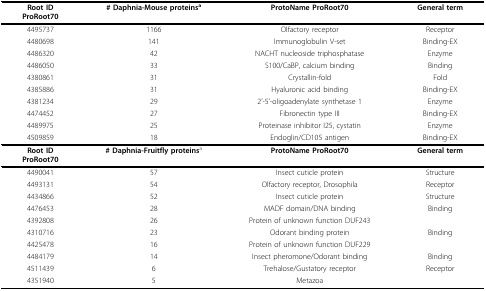
<table><thead><tr><td><b>Root IDProRoot70</b></td><td><b># Daphnia-Mouse proteins<sup>a</sup></b></td><td><b>ProtoName ProRoot70</b></td><td><b>General term</b></td></tr></thead><tbody><tr><td>4495737</td><td>1166</td><td>Olfactory receptor</td><td>Receptor</td></tr><tr><td>4480698</td><td>141</td><td>Immunoglobulin V-set</td><td>Binding-EX</td></tr><tr><td>4486320</td><td>42</td><td>NACHT nucleoside triphosphatase</td><td>Enzyme</td></tr><tr><td>4486050</td><td>33</td><td>S100/CaBP, calcium binding</td><td>Binding</td></tr><tr><td>4380861</td><td>31</td><td>Crystallin-fold</td><td>Fold</td></tr><tr><td>4385886</td><td>31</td><td>Hyaluronic acid binding</td><td>Binding-EX</td></tr><tr><td>4381234</td><td>29</td><td>2'-5'-oligoadenylate synthetase 1</td><td>Enzyme</td></tr><tr><td>4474452</td><td>27</td><td>Fibronectin type III</td><td>Binding-EX</td></tr><tr><td>4489975</td><td>25</td><td>Proteinase inhibitor I25, cystatin</td><td>Enzyme</td></tr><tr><td>4509859</td><td>18</td><td>Endoglin/CD105 antigen</td><td>Binding-EX</td></tr><tr><td><b>Root ID</b><b>ProRoot70</b></td><td><b># Daphnia-Fruitfly proteins</b><sup>a</sup></td><td><b>ProtoName ProRoot70</b></td><td><b>General term</b></td></tr><tr><td>4490041</td><td>57</td><td>Insect cuticle protein</td><td>Structure</td></tr><tr><td>4493131</td><td>54</td><td>Olfactory receptor, Drosophila</td><td>Receptor</td></tr><tr><td>4434866</td><td>52</td><td>Insect cuticle protein</td><td>Structure</td></tr><tr><td>4476453</td><td>28</td><td>MADF domain/DNA binding</td><td>Binding</td></tr><tr><td>4392808</td><td>26</td><td>Protein of unknown function DUF243</td><td>[EMPTY_CELL]</td></tr><tr><td>4310716</td><td>23</td><td>Odorant binding protein</td><td>Binding</td></tr><tr><td>4425478</td><td>16</td><td>Protein of unknown function DUF229</td><td>[EMPTY_CELL]</td></tr><tr><td>4484179</td><td>14</td><td>Insect pheromone/Odorant binding</td><td>Binding</td></tr><tr><td>4511439</td><td>6</td><td>Trehalose/Gustatory receptor</td><td>Receptor</td></tr><tr><td>4351940</td><td>5</td><td>Metazoa</td><td>[EMPTY_CELL]</td></tr></tbody></table>